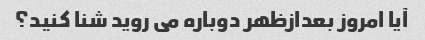
آیا امروز بعدازظهر دوباره می روید شنا کنید؟